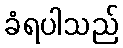
ခံရပါသည်